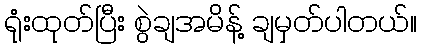
ရုံးထုတ်ပြီး စွဲချအမိန့် ချမှတ်ပါတယ်။